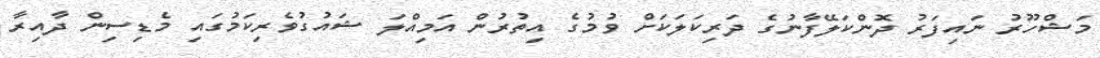
މަޝްހޫރު ނައިފަރު ދޮންކަލޭފާނުގެ ދަރިކަލަކަށް ވުމުގެ އިތުރުން އަމިއްލަ ޝައުގުވެރިކަމުގައި މެޑިސިން ދާއިރާ